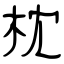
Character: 枕